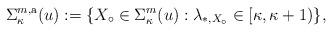
LaTeX: \begin{align*}\Sigma_{\kappa}^{m,{\rm a}}(u) := \{ X_\circ \in \Sigma_{\kappa}^{m}(u) : \lambda_{\ast,X_\circ} \in [\kappa, \kappa + 1) \},\end{align*}